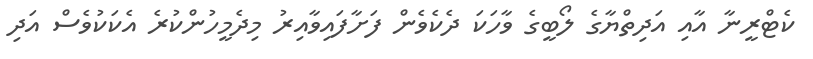
ކެޓްރީނާ އާއި އަދިތްޔާގެ ލޯބީގެ ވާހަކަ ދެކެވެން ފަށާފައިވާއިރު މިދެމީހުންކުރެ އެކަކުވެސް އަދި